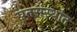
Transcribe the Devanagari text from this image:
पतसंस्थांत